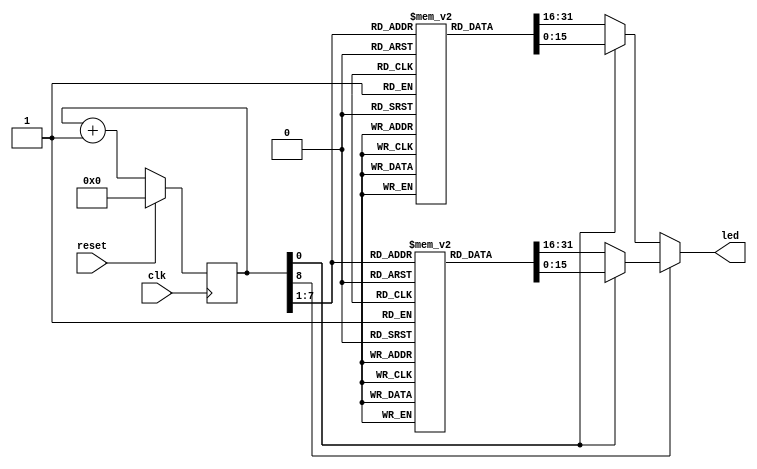
module slowclk(input clk,reset,output reg [15:0]led);
reg[31:0]INSTR_MEM[0:127];
reg[31:0]DATA_CONST_MEM[0:127];
reg[8:0]i;

    initial begin
    //----------------------------------------------------------------
    // Instruction Memory
    //----------------------------------------------------------------
                INSTR_MEM[0] = 32'hE59F11F8; 
                INSTR_MEM[1] = 32'hE59F21F8; 
                INSTR_MEM[2] = 32'hE59F3200; 
                INSTR_MEM[3] = 32'hE5924000; 
                INSTR_MEM[4] = 32'hE5814000; 
                INSTR_MEM[5] = 32'hE2533001; 
                INSTR_MEM[6] = 32'h1AFFFFFB; 
                INSTR_MEM[7] = 32'hEAFFFFFE; 
                for(i = 8; i < 128; i = i+1) begin 
                    INSTR_MEM[i] = 32'h0; 
                end
                i = 0;
    
    //----------------------------------------------------------------
    // Data (Constant) Memory
    //----------------------------------------------------------------
                DATA_CONST_MEM[0] = 32'h00000C00; 
                DATA_CONST_MEM[1] = 32'h00000C04; 
                DATA_CONST_MEM[2] = 32'h00000C08; 
                DATA_CONST_MEM[3] = 32'h00000C0C; 
                DATA_CONST_MEM[4] = 32'h00000006; 
                DATA_CONST_MEM[5] = 32'hABCD1234; 
                DATA_CONST_MEM[6] = 32'h6C6C6548; 
                DATA_CONST_MEM[7] = 32'h6F57206F; 
                DATA_CONST_MEM[8] = 32'h21646C72; 
                DATA_CONST_MEM[9] = 32'h00212121; 
                for(i = 10; i < 128; i = i+1) begin 
                    DATA_CONST_MEM[i] = 32'h0; 
                end
                i = 0;
    end
    
   always@(posedge clk)
    begin                   
      if(reset)
       begin
          i = 0;
          //led =0;
        end
      else
        i = i + 1;
    end
       
    always @(i)
    begin
      if(i[8])
        begin
          if (i[0] ) 
           begin
                 led = DATA_CONST_MEM[i[7:1]][15:0];
            end
        else
           begin
                 led = DATA_CONST_MEM[i[7:1]][31:16];
           end    
        end
else
    begin
        if(i[0])
            begin
                led = INSTR_MEM[i[7:1]][15:0];  
            end
        else 
            begin
                led = INSTR_MEM[i[7:1]][31:16];
            end
    end
   end
endmodule